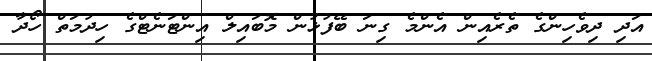
އަދި ދިވެހިންގެ ތެރެއިން އެންމެ ގިނަ ބޭފުޅުން މޮބައިލް އިންޓަނެޓްގެ ހިދުމަތް ހޯދާ